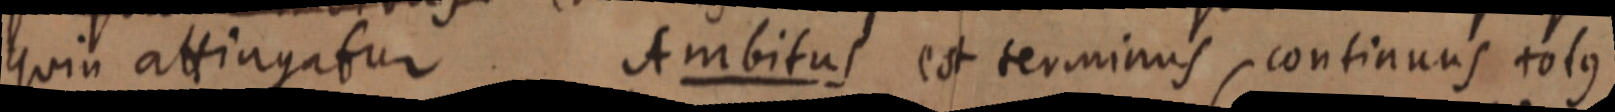
quia attingatur. Ambitus et terminus continuus tolus